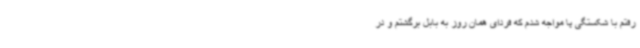
رفتم با شکستگی پا مواجه شدم که فردای همان روز به بابل برگشتم و در